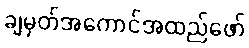
ချမှတ်အကောင်အထည်ဖော်